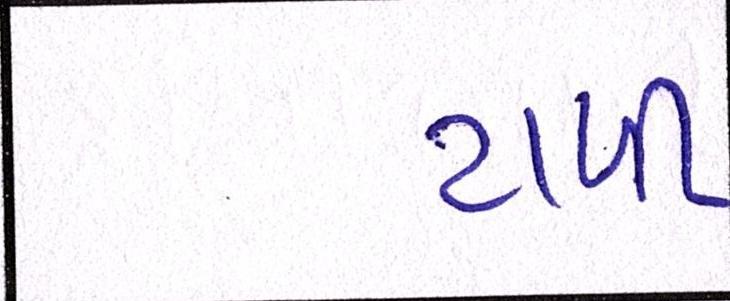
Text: ટાળી